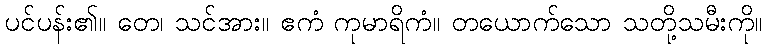
ပင်ပန်း၏။ တေ၊ သင်အား။ ဧကံ ကုမာရိကံ။ တယောက်သော သတို့သမီးကို။